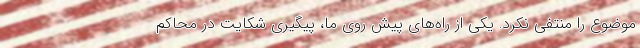
موضوع را منتفی نکرد. یکی از راه‌های پیش روی ما، پیگیری شکایت در محاکم